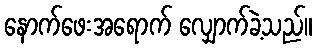
နောက်ဖေးအရောက် လျှောက်ခဲ့သည်။